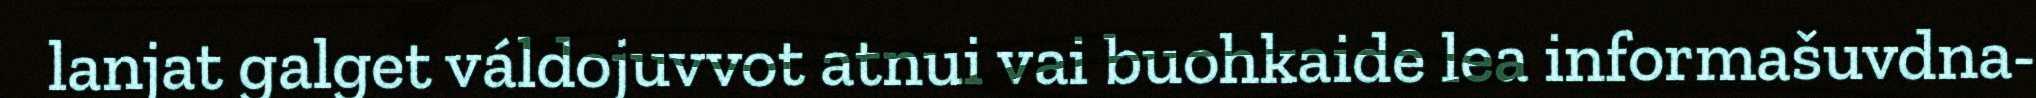
lanjat galget váldojuvvot atnui vai buohkaide lea informašuvdna-